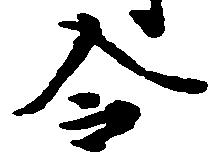
令